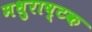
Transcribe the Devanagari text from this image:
मधुराष्टक